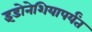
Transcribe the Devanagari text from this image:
इंडोनेशियापर्यंत